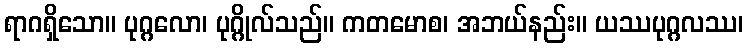
ရာဂရှိသော။ ပုဂ္ဂလော၊ ပုဂ္ဂိုလ်သည်။ ကတမောစ၊ အဘယ်နည်း။ ယဿပုဂ္ဂလဿ၊